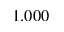
1 . 0 0 0